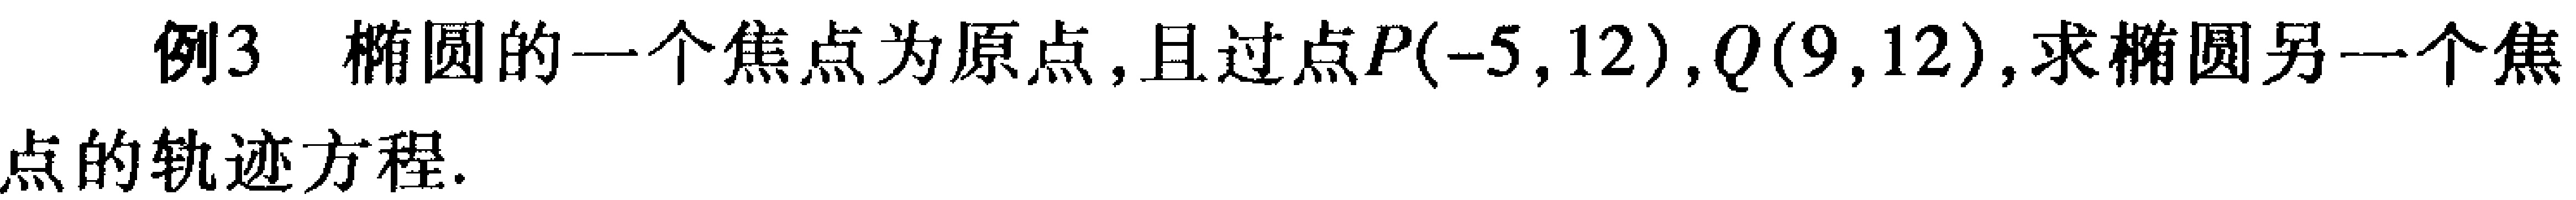
例3 椭圆的一个焦点为原点,且过点\(P(-5,12)\),\(Q(9,12)\),求椭圆另一个焦

点的轨迹方程.